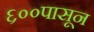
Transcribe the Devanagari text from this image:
६००पासून